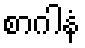
စာဂါနံ